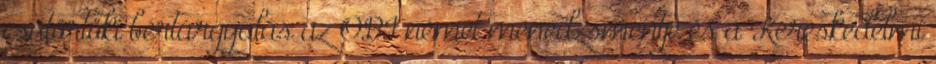
csütörtöki bértárgyalás az OBI német menedzsmentje és a Kereskedelmi